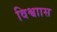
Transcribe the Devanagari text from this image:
विश्वाास